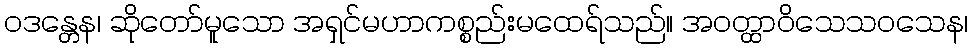
ဝဒန္တေန၊ ဆိုတော်မူသော အရှင်မဟာကစ္စည်းမထေရ်သည်။ အဝတ္ထာဝိသေသဝသေန၊